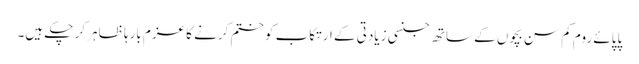
پاپائے روم کم سن بچوں کے ساتھ جنسی زیادتی کے ارتکاب کو ختم کرنے کا عزم بارہا ظاہر کر چکے ہیں۔